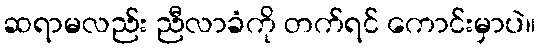
ဆရာမလည်း ညီလာခံကို တက်ရင် ကောင်းမှာပဲ။